Report of an investigation into the causes of the diseases known in Assam as Kála-Azár and Beri-Beri
Disease focus: Beri-Beri
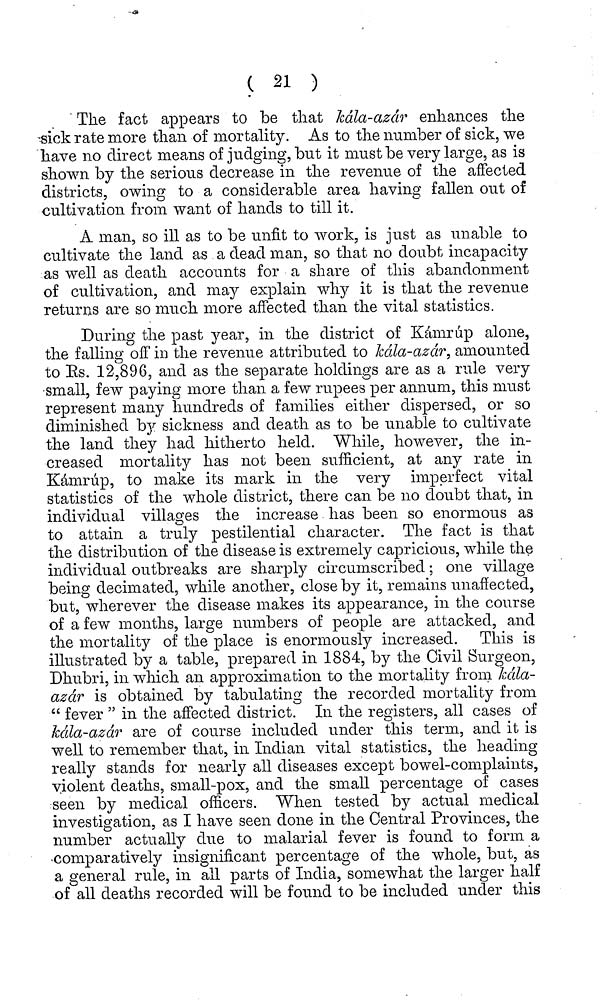
( 21 )
The fact appears to be that kála-azár enhances the
sick rate more than of mortality. As to the number of sick, we
have no direct means of judging, but it must be very large, as is
shown by the serious decrease in the revenue of the affected
districts, owing to a considerable area having fallen out of
cultivation from want of hands to till it.
A man, so ill as to be unfit to work, is just as unable to
cultivate the land as a dead man, so that no doubt incapacity
as well as death accounts for a share of this abandonment
of cultivation, and may explain why it is that the revenue
returns are so much more affected than the vital statistics.
During the past year, in the district of Kámrúp alone,
the falling off in the revenue attributed to kála-azár, amounted
to Rs. 12,896, and as the separate holdings are as a rule very
small, few paying more than a few rupees per annum, this must
represent many hundreds of families either dispersed, or so
diminished by sickness and death as to be unable to cultivate
the land they had hitherto held. While, however, the in-
creased mortality has not been sufficient, at any rate in
Kámrúp, to make its mark in the very imperfect vital
statistics of the whole district, there can be no doubt that, in
individual villages the increase has been so enormous as
to attain a truly pestilential character. The fact is that
the distribution of the disease is extremely capricious, while the
individual outbreaks are sharply circumscribed ; one village
being decimated, while another, close by it, remains unaffected,
but, wherever the disease makes its appearance, in the course
of a few months, large numbers of people are attacked, and
the mortality of the place is enormously increased. This is
illustrated by a table, prepared in 1884, by the Civil Surgeon,
Dhubri, in which an approximation to the mortality from kála-
azár is obtained by tabulating the recorded mortality from
" fever " in the affected district. In the registers, all cases of
kála-azár are of course included under this term, and it is
well to remember that, in Indian vital statistics, the heading
really stands for nearly all diseases except bowel-complaints,
violent deaths, small-pox, and the small percentage of cases
seen by medical officers. When tested by actual medical
investigation, as I have seen done in the Central Provinces, the
number actually due to malarial fever is found to form a
comparatively insignificant percentage of the whole, but, as
a general rule, in all parts of India, somewhat the larger half
of all deaths recorded will be found to be included under this